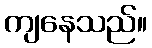
ကျနေသည်။